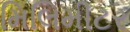
મિલિમીટર